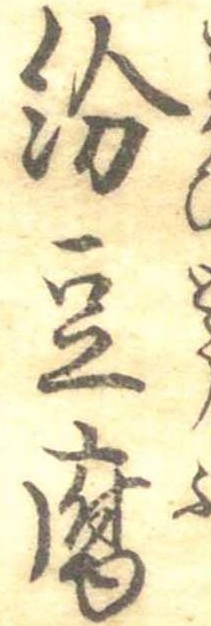
紛豆腐